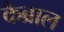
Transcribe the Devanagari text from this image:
कैब्राल